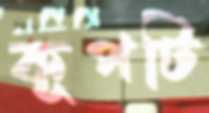
কূপটি